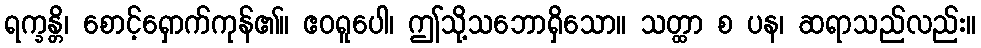
ရက္ခန္တိ၊ စောင့်ရှောက်ကုန်၏။ ဧဝရူပေါ၊ ဤသို့သဘောရှိသော။ သတ္ထာ စ ပန၊ ဆရာသည်လည်း။